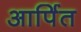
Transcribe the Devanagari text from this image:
आर्पित